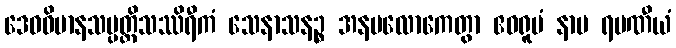
ဒေဝဝိမာနသမ္ပတ္တိသဿိရီကံ သေနာသနဉ္စ အနပလောကေတွာ ဧဝရူပံ နာမ ရမဏီယံ